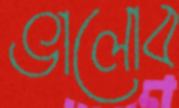
ভালোব